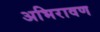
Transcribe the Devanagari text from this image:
अभिरावण